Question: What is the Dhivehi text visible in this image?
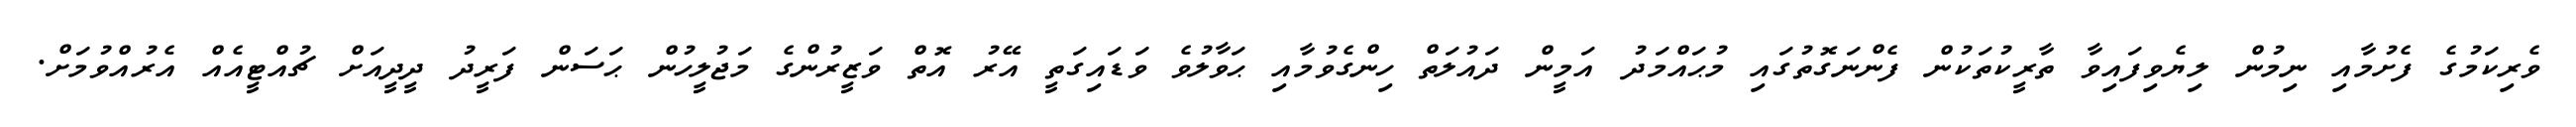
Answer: ވެރިކަމުގެ ފެށުމާއި ނިމުން ލިޔެވިފައިވާ ތާރީކުތަކުން ފެންނަގޮތުގައި މުޙައްމަދު އަމީން ދައުލަތް ހިންގެވުމާއި ޙަވާލުވެ ވަޑައިގަތީ އޭރު އޮތް ވަޒީރުންގެ މަޖުލީހުން ޙަސަން ފަރީދު ދީދީއަށް ޗުއްޓީއެއް އެރުއްވުމަށް.